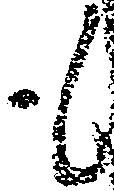
も